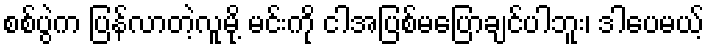
စစ်ပွဲက ပြန်လာတဲ့လူမို့ မင်းကို ငါအပြစ်မပြောချင်ပါဘူး၊ ဒါပေမယ့်